Vaccination in Bombay 1902-1912 - 1902-1912
Year: 1902
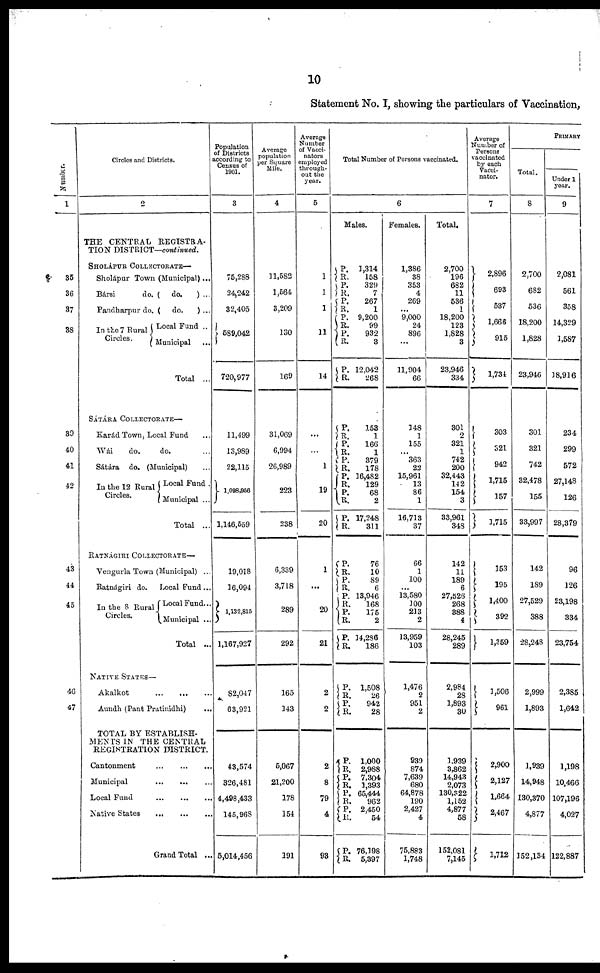
10
Statement No. I, showing the particulars of Vaccination,
Number.
1
35
36
37
38
39
40
41
42
43
44
45
46
47
Circles and Districts.
2
THE CENTRAL REGISTRA-
TION DISTRICT—continued.
SHOLÁPUR COLLECTORATE—
Sholápur Town (Municipal)...
Bársi do. ( do. ) ...
Pandharpur do. ( do.
) ...
In the 7 Rural
Circles.
Local Fund ..
Municipal ...
Total ...
SÁTÁRA COLLECTORATE—
Karád Town, Local Fund ...
Wái
do.
do. ...
Sátára do. (Municipal) ...
In the 12 Rural
Circles.
Local Fund .
Municipal ...
Total ...
RATNÁGIRI COLLECTORATE—
Vengurla Town (Municipal) ...
Batnágiri do. Local Fund ...
In the 8 Rural
Circles.
Local Fund...
Municipal ...
Total ...
NATIVE STATES—
Akalkot
...
...
...
Aundh (Pant Pratinidhi) ...
TOTAL BY ESTABLISH-
MENTS IN THE CENTRAL
REGISTRATION DISTRICT.
Cantonment
...
...
...
Municipal
...
...
...
Local Fund
...
...
...
Native States
...
...
...
Grand Total ...
Population
of Districts
according to
Census of
1901.
3
75,288
24,242
32,405
589,042
720,977
11,499
13,989
22,115
1,098,956
1,146,559
19,018
16,094
1,132,815
1,167,927
82,047
63,921
43,574
326,481
4,498,433
145,968
5,014,456
Average
population
per Square
Mile.
4
11,582
1,564
3,209
130
169
31,069
6,994
26,989
223
238
6,339
3,718
289
292
165
143
5,067
21,200
178
154
191
Average
Number
of Vacci-
nators
employed
through-
out the
year.
5
1
1
1
11
14
...
...
1
19
20
1
...
20
21
2
2
2
8
79
4
93
Total Number of Persons vaccinated.
6
Males.
P.
R.
P.
R.
P.
R.
P.
R. P.
R.
P.
R.
P.
R.
P.
R.
P.
R.
P.
R.
P.
R.
P.
R.
P.
R.
P.
R.
P. R.
P.
R.
P.
R.
P. R.
P.
R.
P.
R.
P.
R.
P. R.
P.
R.
P.
R.
1,314
158
329
7
267
1
9,200
99
932
3
12,042
268
153
1
166
1
379
178
16,482
129
68
2
17,248
311
76
10
89
6
13,946
168
175
2
14,286
186
1,508
26
942
28
1,000
2,988
7,304
1,393
65,444
962
2,450
54
76,198
5,397
Females.
1,386
38
353
4
269
...
9,000
24
896
...
11,904
66
148
1
155
... 363
22
15,961
13
86
1
16,713
37
66
1
100
...
13,580
100
213
2
13,959
103
1,476
2
951
2
939
874
7,639
680
64,878
190
2,427
4
75,883
1,748
Total.
2,700
196
682
11
536
1
18,200
123
1,828
3
23,946
334
301
2
321
1
742
200
32,443
142
154
3
33,961
348
142
11
189
6
27,526
268
388
4
28,245
289
2,984
28
1,893
30
1,939
3,862
14,943
2,073
130,322
1,152
4,877
58
152,081
7,145
Average
Number of
Persons
vaccinated
by each
Vacci-
nator.
7
2,896
693
537
1,666
915
1,734
303
321
942
1,715
157
1,715
153
195
1,400
392
1,359
1,506
961
2,900
2,127
1,664
2,467
1,712
PRIMARY
Total.
8
2,700
682
536
18,200
1,828
23,946
301
321
742
32,478
155
33,997
142
189
27,529
388
28,248
2,999
1,893
1,939
14,948
130,370
4,877
352,134
Under 1
year.
9
2,081
561
358
14,329
1,587
18,916
234
299
572
27,148
126
28,379
96
126
23,198
334
23,754
2,385
1,642
1,198
10,466
107,196
4,027
122,887